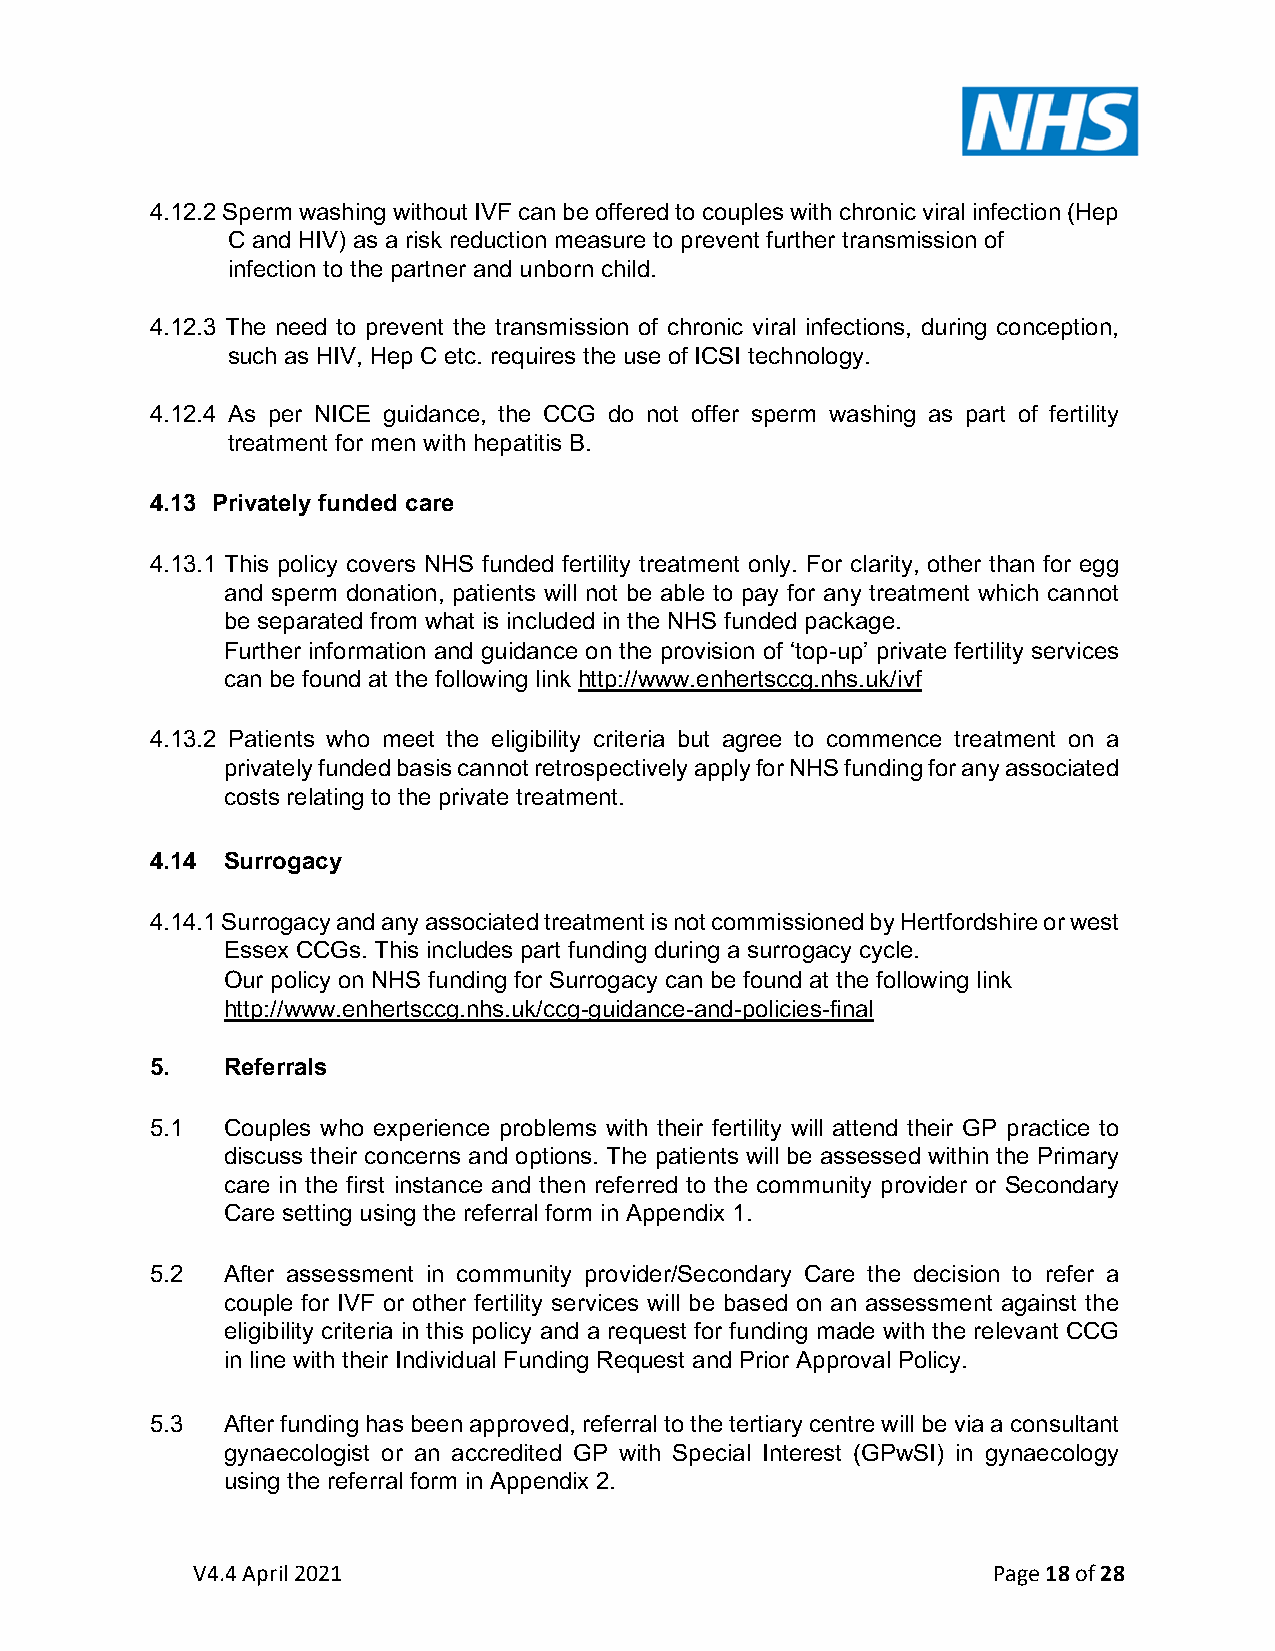
4.12.2 Sperm washing without IVF can be offered to couples with chronic viral infection (Hep
 C and HIV) as a risk reduction measure to prevent further transmission of
 infection to the partner and unborn child.
 4.12.3 The need to prevent the transmission of chronic viral infections, during conception,
 such as HIV, Hep C etc. requires the use of ICSI technology.
 4.12.4 As per NICE guidance, the CCG do not offer sperm washing as part of fertility
 treatment for men with hepatitis B.
 4.13 Privately funded care
 4.13.1 This policy covers NHS funded fertility treatment only. For clarity, other than for egg
 and sperm donation, patients will not be able to pay for any treatment which cannot
 be separated from what is included in the NHS funded package.
 Further information and guidance on the provision of ‘top-up’ private fertility services
 can be found at the following link http://www.enhertsccg.nhs.uk/ivf
 4.13.2 Patients who meet the eligibility criteria but agree to commence treatment on a
 privately funded basis cannot retrospectively apply for NHS funding for any associated
 costs relating to the private treatment.
 4.14 Surrogacy
 4.14.1 Surrogacy and any associated treatment is not commissioned by Hertfordshire or west
 Essex CCGs. This includes part funding during a surrogacy cycle.
 Our policy on NHS funding for Surrogacy can be found at the following link
 http://www.enhertsccg.nhs.uk/ccg-guidance-and-policies-final
 5.   Referrals
 5.1  Couples who experience problems with their fertility will attend their GP practice to
 discuss their concerns and options. The patients will be assessed within the Primary
 care in the first instance and then referred to the community provider or Secondary
 Care setting using the referral form in Appendix 1.
 5.2  After assessment in community provider/Secondary Care the decision to refer a
 couple for IVF or other fertility services will be based on an assessment against the
 eligibility criteria in this policy and a request for funding made with the relevant CCG
 in line with their Individual Funding Request and Prior Approval Policy.
 5.3  After funding has been approved, referral to the tertiary centre will be via a consultant
 gynaecologist or an accredited GP with Special Interest (GPwSI) in gynaecology
 using the referral form in Appendix 2.
 V4.4 April 2021                                      Page 18 of 28